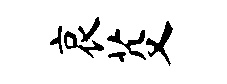
哀芟